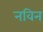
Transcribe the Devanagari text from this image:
नविन्